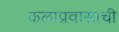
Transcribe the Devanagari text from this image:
कलाप्रवासाची